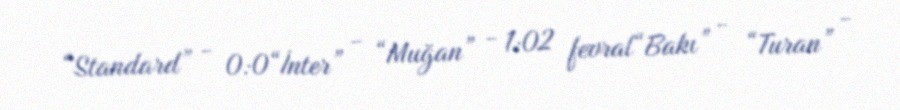
“Standard” - 0:0“İnter” - “Muğan” - 1:02 fevral“Bakı” - “Turan” -